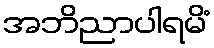
အဘိညာပါရမိံ